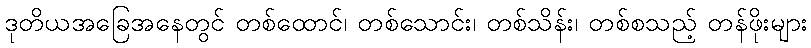
ဒုတိယအခြေအနေတွင် တစ်ထောင်၊ တစ်သောင်း၊ တစ်သိန်း၊ တစ်စသည့် တန်ဖိုးများ